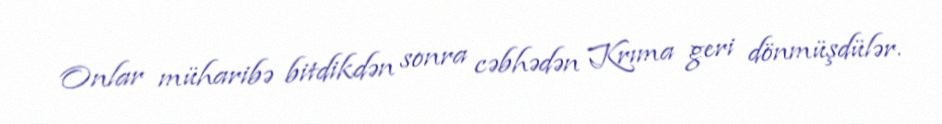
Onlar müharibə bitdikdən sonra cəbhədən Krıma geri dönmüşdülər.